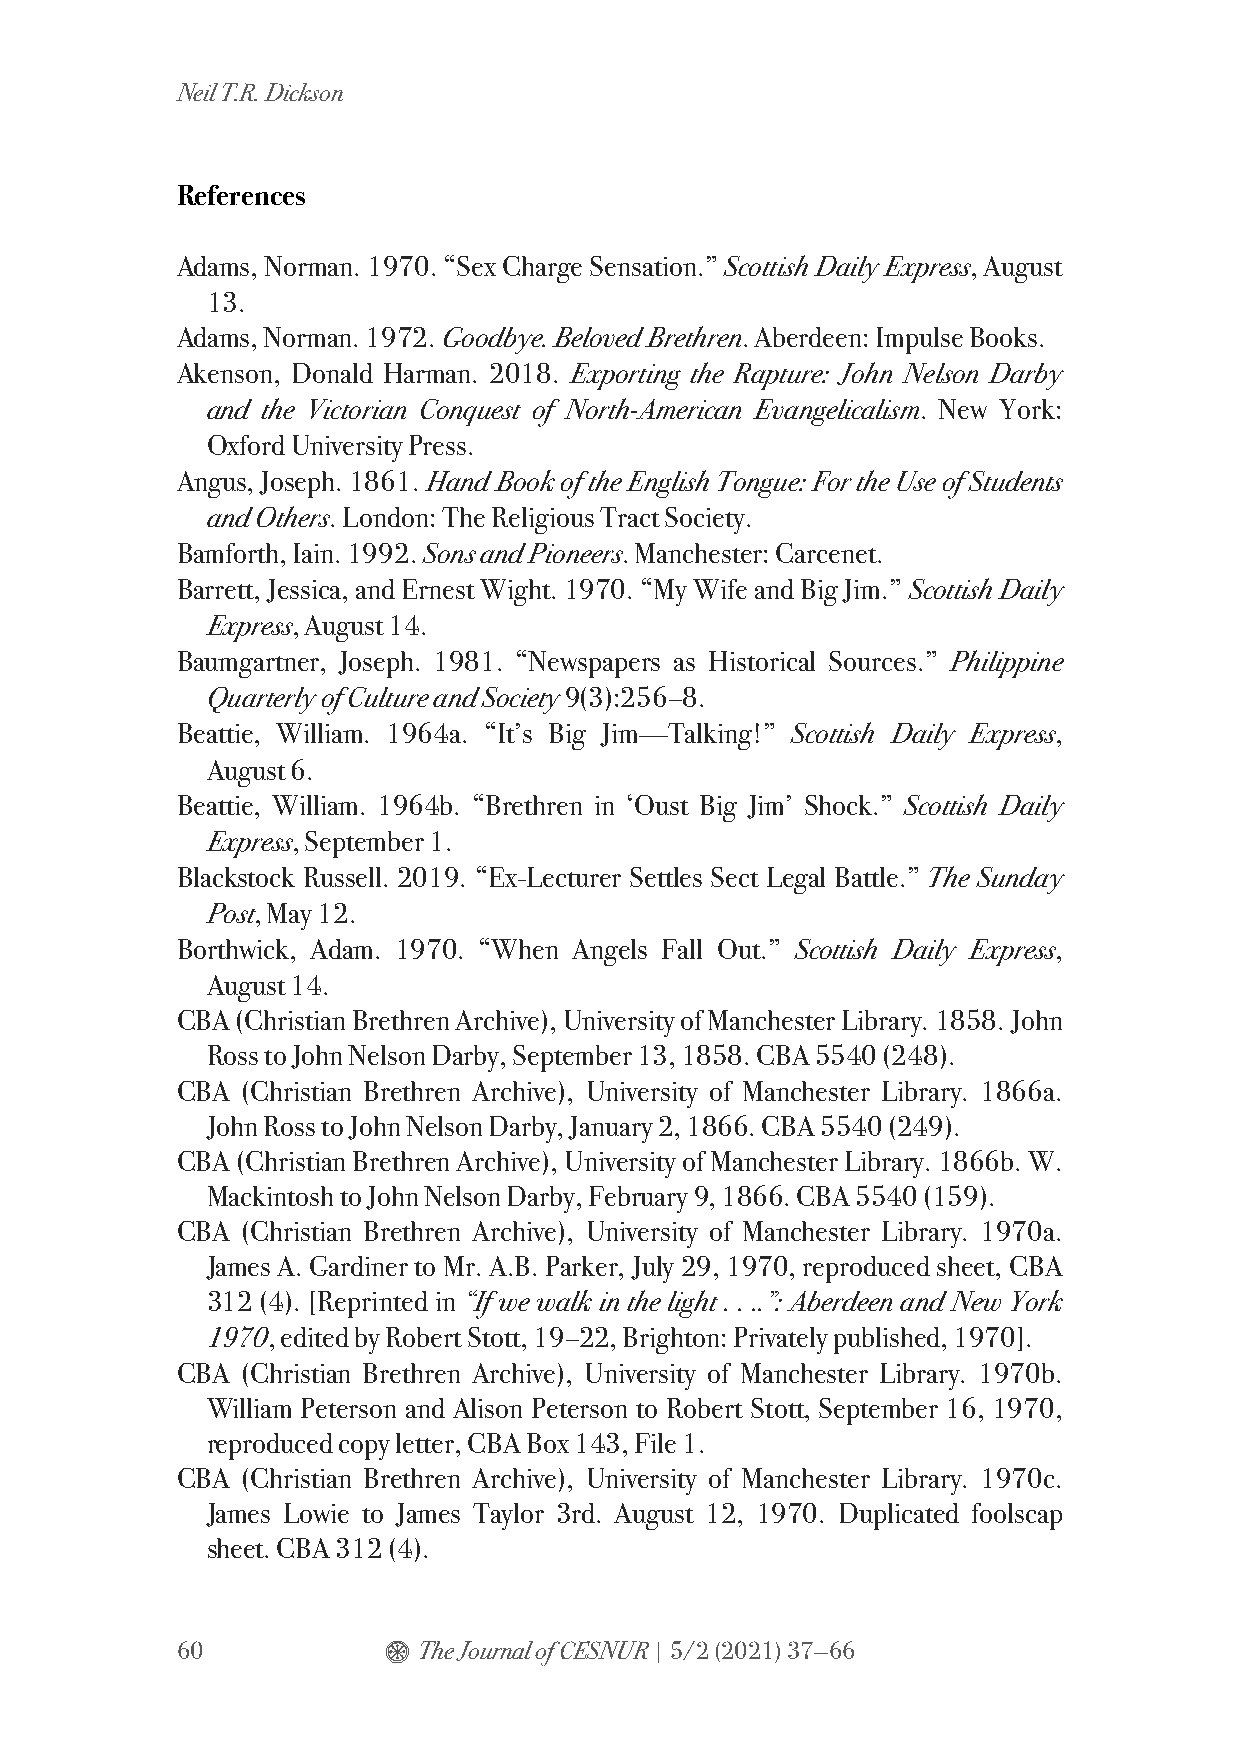
Neil T.R. Dickson
 References
 Adams, Norman. 1970. “Sex Charge Sensation.” Scottish Daily Express, August
 13.
 Adams, Norman. 1972. Goodbye. Beloved Brethren. Aberdeen: Impulse Books.
 Akenson, Donald Harman. 2018. Exporting the Rapture: John Nelson Darby
 and the Victorian Conquest of North-American Evangelicalism. New York:
 Oxford University Press.
 Angus, Joseph. 1861. Hand Book of the English Tongue: For the Use of Students
 and Others. London: The Religious Tract Society.
 Bamforth, Iain. 1992. Sons and Pioneers. Manchester: Carcenet.
 Barrett, Jessica, and Ernest Wight. 1970. “My Wife and Big Jim.” Scottish Daily
 Express, August 14.
 Baumgartner, Joseph. 1981. “Newspapers as Historical Sources.” Philippine
 Quarterly of Culture and Society 9(3):256–8.
 Beattie, William. 1964a. “It’s Big Jim—Talking!” Scottish Daily Express,
 August 6.
 Beattie, William. 1964b. “Brethren in ‘Oust Big Jim’ Shock.” Scottish Daily
 Express, September 1.
 Blackstock Russell. 2019. “Ex-Lecturer Settles Sect Legal Battle.” The Sunday
 Post, May 12.
 Borthwick, Adam. 1970. “When Angels Fall Out.” Scottish Daily Express,
 August 14.
 CBA (Christian Brethren Archive), University of Manchester Library. 1858. John
 Ross to John Nelson Darby, September 13, 1858. CBA 5540 (248).
 CBA (Christian Brethren Archive), University of Manchester Library. 1866a.
 John Ross to John Nelson Darby, January 2, 1866. CBA 5540 (249).
 CBA (Christian Brethren Archive), University of Manchester Library. 1866b. W.
 Mackintosh to John Nelson Darby, February 9, 1866. CBA 5540 (159).
 CBA (Christian Brethren Archive), University of Manchester Library. 1970a.
 James A. Gardiner to Mr. A.B. Parker, July 29, 1970, reproduced sheet, CBA
 312 (4). [Reprinted in “If we walk in the light . . ..”: Aberdeen and New York
 1970, edited by Robert Stott, 19–22, Brighton: Privately published, 1970].
 CBA (Christian Brethren Archive), University of Manchester Library. 1970b.
 William Peterson and Alison Peterson to Robert Stott, September 16, 1970,
 reproduced copy letter, CBA Box 143, File 1.
 CBA (Christian Brethren Archive), University of Manchester Library. 1970c.
 James Lowie to James Taylor 3rd. August 12, 1970. Duplicated foolscap
 sheet. CBA 312 (4).
 60           $  The Journal of CESNUR | 5/2 (2021) 37—66